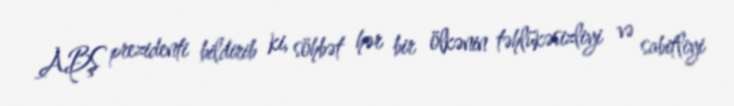
ABŞ prezidenti bildirib ki, söhbət hər bir ölkənin təhlükəsizliyi və sabitliyi